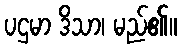
ပဌမာ ဒိသာ၊ မည်၏။